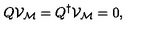
Q { \mathcal V } _ { \mathcal M } = Q ^ { \dagger } { \mathcal V } _ { \mathcal M } = 0 ,